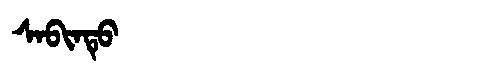
Manchu: ᠰᠠᠪᡳᠨᡨᡠ
Romanization: SABINTU